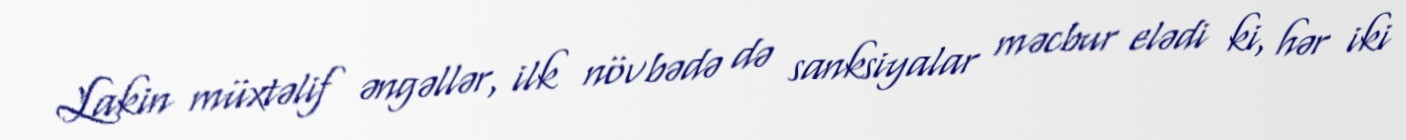
Lakin müxtəlif əngəllər, ilk növbədə də sanksiyalar məcbur elədi ki, hər iki